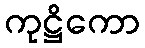
ကုဋ္ဌိကော